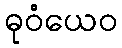
ဓုဝံယေဝ